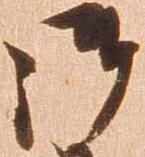
御